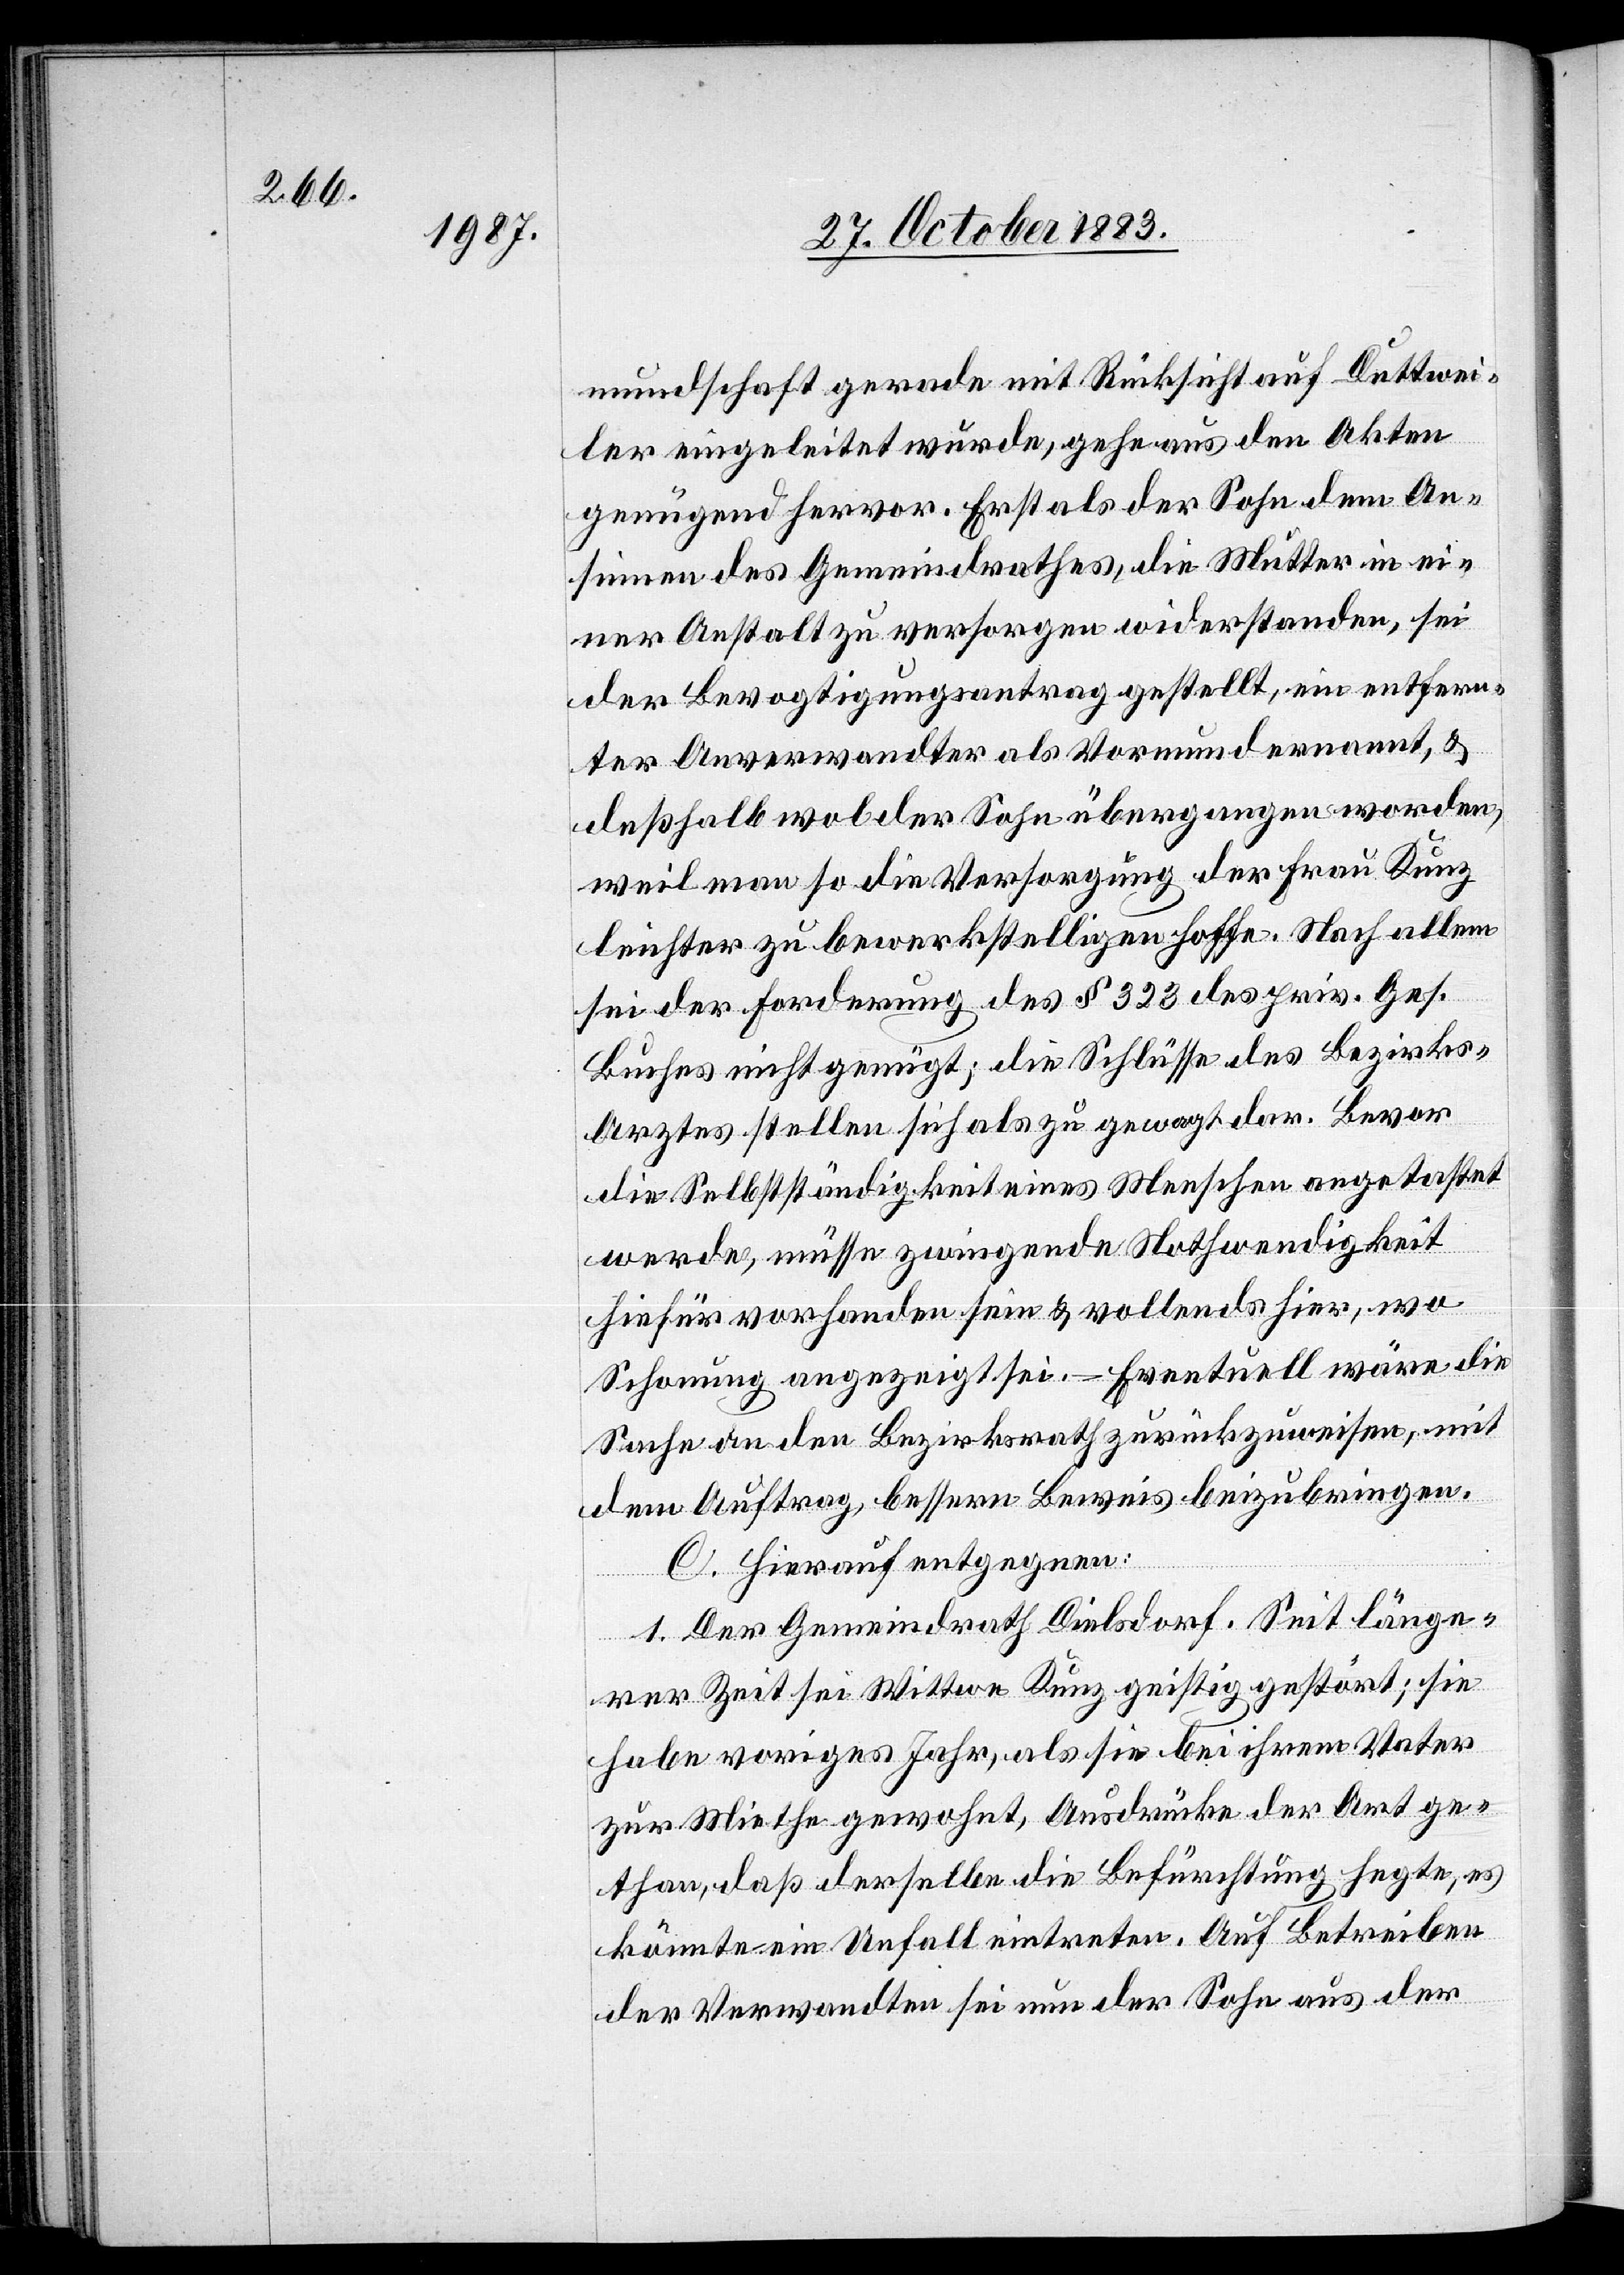
mundschaft gerade mit Rücksicht auf Duttwei¬
ler eingeleitet wurde, gehe aus den Akten
genügend hervor. Erst als der Sohn dem An¬
sinnen des Gemeindrathes, die Mutter in ei¬
ner Anstalt zu versorgen widerstanden, sei
der Bevogtigungsantrag gestellt, ein entfern¬
ter Anverwandter als Vormund genannt, &
deßhalb wol der Sohn übergangen worden,
weil man so die Versorgung der Frau Kunz
leichter zu bewerkstelligen hoffe. Nach allem
sei der Forderung des § 323 des priv. Ges.
Buches nicht genügt; die Schlüsse des Bezirks-A¬
rztes stellen sich als zu gewagt dar. Bevor
die Selbstständigkeit eines Menschen angetastet
werde, müsse zwingende Nothwendigkeit
hiefür vorhanden sein & vollends hier, wo
Schonung angezeigt sei. – Eventuell wäre die
Sache an den Bezirksrath zurückzuweisen, mit
dem Auftrag, bessern Beweis beizubringen.
C. Hierauf entgegnen:
1. Der Gemeindrath Dielsdorf. Seit länge¬
rer Zeit sei Wittwe Kunz geistig gestört; sie
habe voriges Jahr, als sie bei ihrem Vater
zur Miethe gewohnt, Ausdrücke der Art ge¬
than, daß derselbe die Befürchtung hegte, es
könnte ein Unfall eintreten. Auf Betreiben
der Verwandten sei nun der Sohn aus der